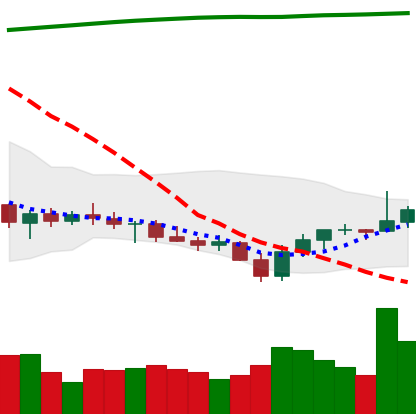
Ticker: XRP-USD
Chart end date: 2021-07-27
Forward return: 12.615%
Label: up_7plus